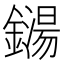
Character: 鐋